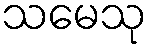
သမေသု